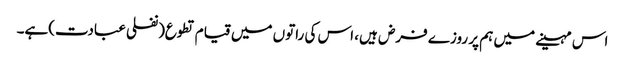
اس مہینے میں ہم پر روزے فرض ہیں، اس کی راتوں میں قیام تطوع(نفلی عبادت)ہے۔